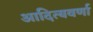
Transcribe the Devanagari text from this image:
आदित्यवर्णा